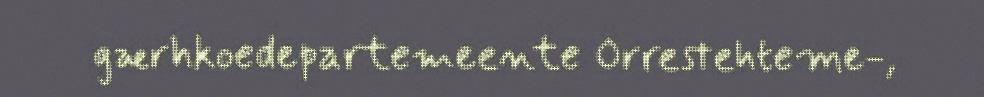
gærhkoedepartemeente Orrestehteme-,